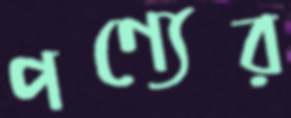
পণ্যের